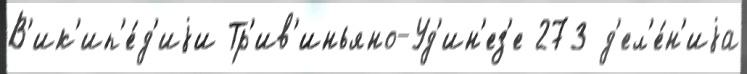
В'ик'ип'е́д'иjи Тр'ив'иньяно-Уд'ин'ез'е 273 д'ел'е́н'иjа